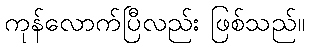
ကုန်လောက်ပြီလည်း ဖြစ်သည်။